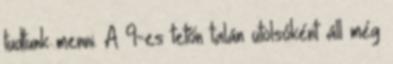
tudtunk menni. A 9-es tetőn talán utolsóként áll még